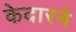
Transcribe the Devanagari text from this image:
केदारने